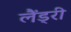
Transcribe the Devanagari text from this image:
लैंड्री